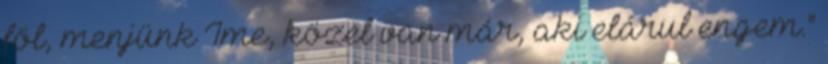
föl, menjünk Íme, közel van már, aki elárul engem.''